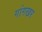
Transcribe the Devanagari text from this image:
गांगखर